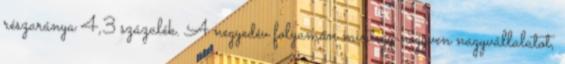
részaránya 4,3 százalék. A negyedév folyamán mintegy negyven nagyvállalatot,